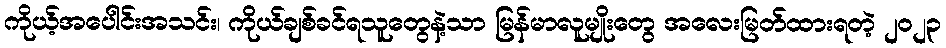
ကိုယ့်အပေါင်းအသင်း၊ ကိုယ်ချစ်ခင်ရသူတွေနဲ့သာ မြန်မာလူမျိုးတွေ အလေးမြတ်ထားရတဲ့ ၂၀၂၃